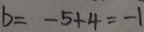
b = - 5 + 4 = - 1